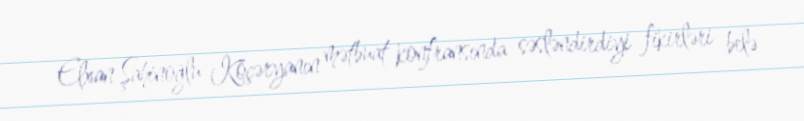
Elxan Şahinoğlu Köçəryanın mətbuat konfransında səsləndirdiyi fikirləri belə